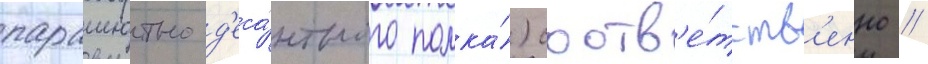
парашютно-д'еса́нтного полка́) соотв'е́тств'енно //